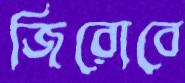
জিরোবে